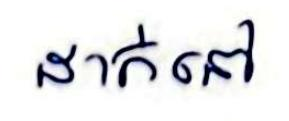
ដាក់នៅ